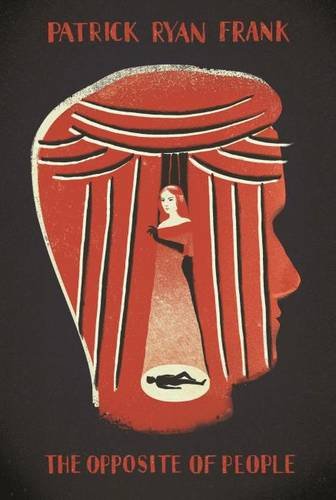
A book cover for The Opposite of People (Stahlecker Selections); Patrick Ryan Frank; Gay & Lesbian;